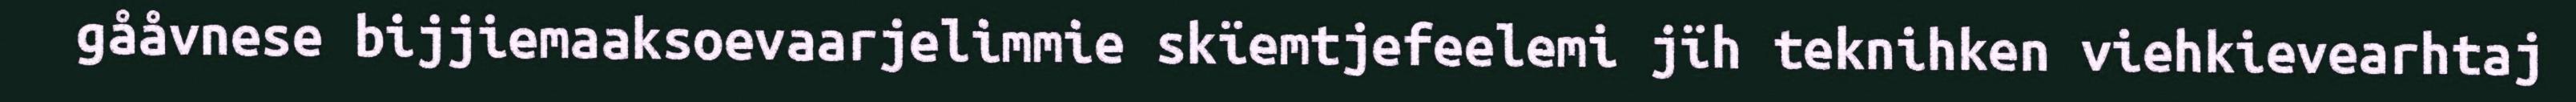
gååvnese bijjiemaaksoevaarjelimmie skïemtjefeelemi jïh teknihken viehkievearhtaj